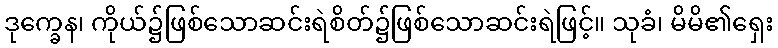
ဒုက္ခေန၊ ကိုယ်၌ဖြစ်သောဆင်းရဲစိတ်၌ဖြစ်သောဆင်းရဲဖြင့်။ သုခံ၊ မိမိ၏ရှေး